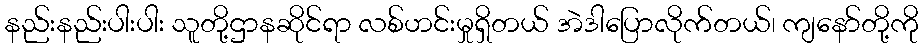
နည်းနည်းပါးပါး သူတို့ဌာနဆိုင်ရာ လစ်ဟင်းမှုရှိတယ် အဲဒါပြောလိုက်တယ်၊ ကျနော်တို့ကို